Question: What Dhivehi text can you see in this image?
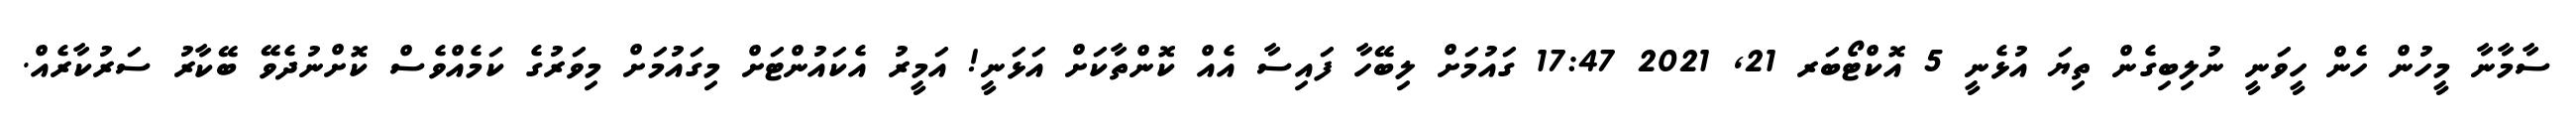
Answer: ސާމާނާ މީހުން ހެން ހީވަނީ ނުލިބިގެން ތިޔަ އުޅެނީ 5 އޮކްޓޯބަރ 21, 2021 17:47 ގައުމަށް ލިބޭހާ ފައިސާ އެއް ކޮންތާކަށް އަޅަނީ! އަމީރު އެކައުންޓަށް މިގައުމަށް މިވަރުގެ ކަމެއްވެސް ކޮށްނުދެވޭ ބޭކާރު ސަރުކާރެއް.